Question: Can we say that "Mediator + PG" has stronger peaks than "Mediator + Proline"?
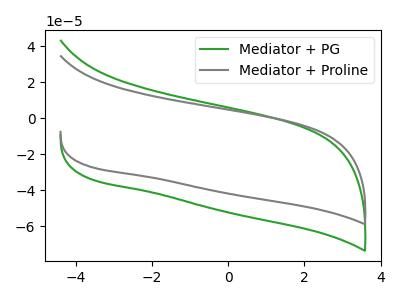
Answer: <think>The green curve "Mediator + PG" has no peaks. The gray curve "Mediator + Proline" has no peaks.</think>
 <answer>Niether CV has any peaks.</answer>
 <eval>blanks</eval>